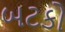
બટકો